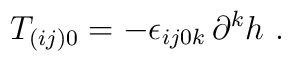
T_{(ij)0}=-\epsilon _{ij0k}{}\,\partial ^{k}h\ .